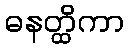
ဓနတ္ထိကာ